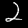
Label: 2